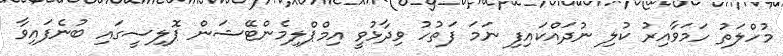
މުހްލަތު ހަމަވާއިރު ކުލި ނުދައްކައިފި ނަމަ ފަތުހު ވިދާޅުވީ އިމްޕްލިމެންޓޭޝަން ޕޮލިސީގައި ބުނެފައިވާ